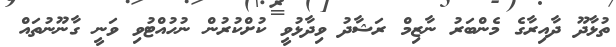
ތުޅާދޫ ދާއިރާގެ މެންބަރު ނާޒިމް ރަޝާދު ވިދާޅުވީ ކުށްކުރުން ނުހުއްޓުވި ވަނީ ގާނޫނުތައް